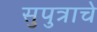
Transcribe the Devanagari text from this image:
सुपुत्राचे